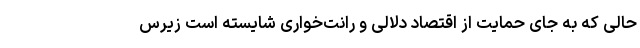
حالی که به جای حمایت از اقتصاد دلالی و رانت‌خواری شایسته است زیرس